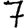
Digit: 7